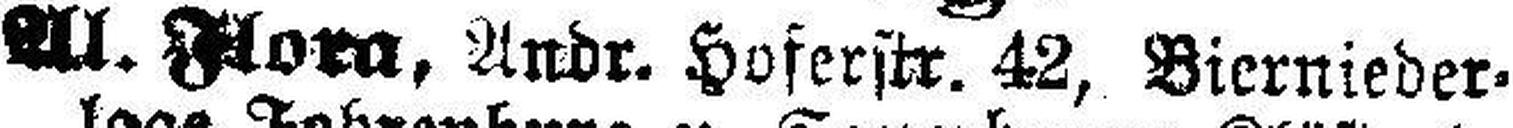
Al. Flora, Andr. Hoferstr. 42, Biernieder¬